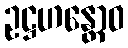
ဥဋ္ဌဟန္တောဝ